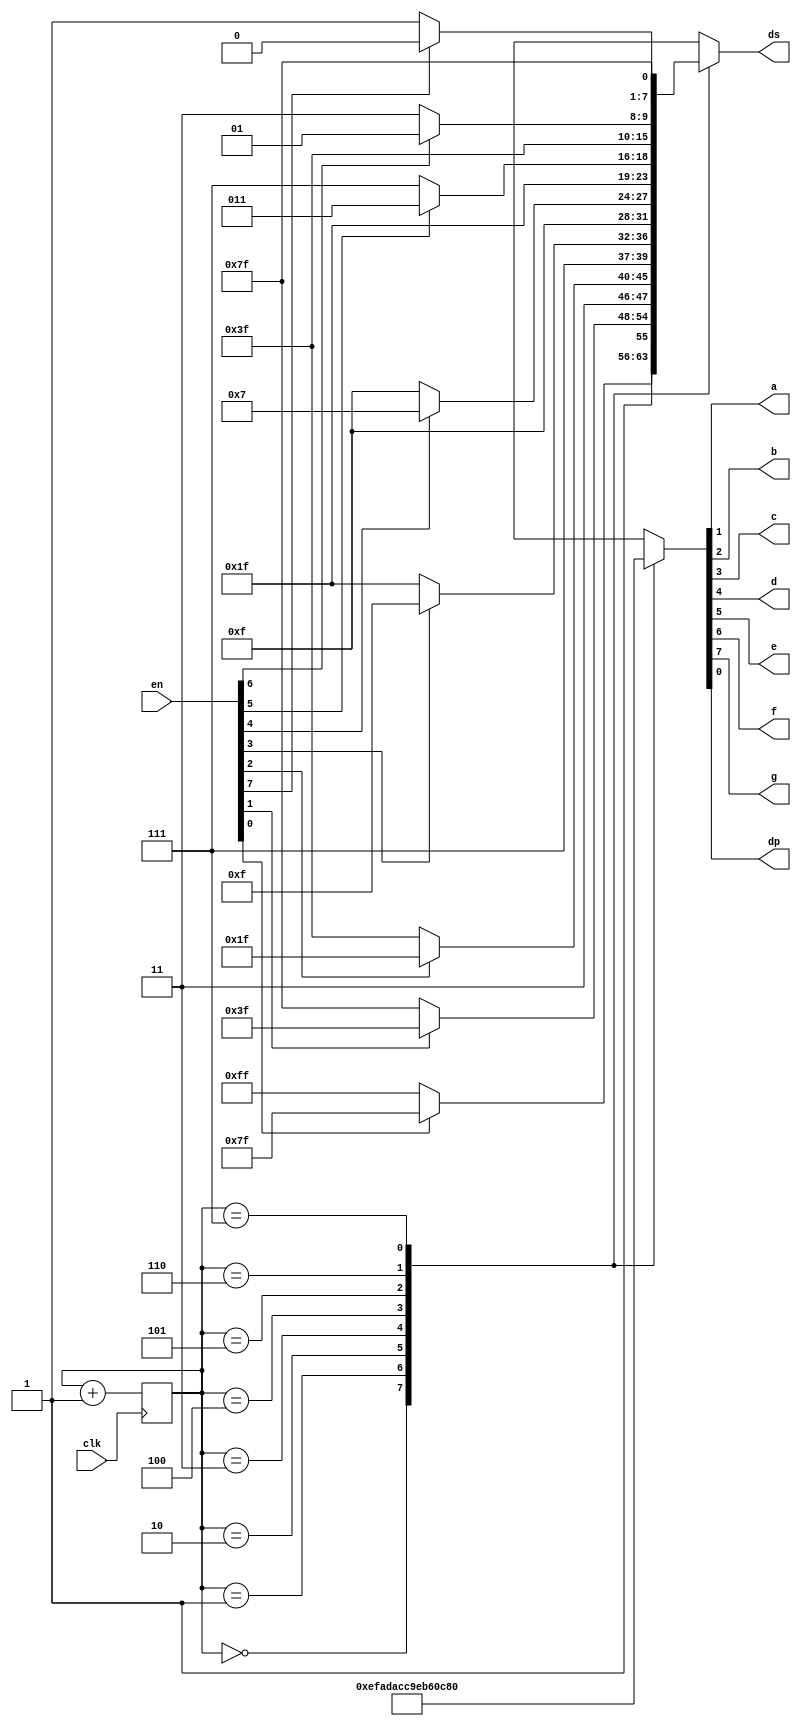
module seg7(clk,en,a,b,c,d,e,f,g,dp,ds);
  input clk;
  input[7:0] en;
  output a,b,c,d,e,f,g,dp;
  reg [7:0] seg; //g,f,e,d,c,b,a,dp
  reg [2:0] choice;
  output reg [7:0] ds;
  //choice++
  always @(posedge clk)
  choice = choice+1;
  //show
  always@(choice)
  begin
    case(choice)
       3'b000: begin//0
		       seg = 8'b00001110; //g,f,e,d,c,b,a,dp
		       if(en[0])  ds = 8'b01111111;
		       else ds = 8'b11111111;  end
       3'b001: begin//1
		       seg = 8'b11111010;
		       if(en[1])  ds = 8'b10111111;
		       else ds = 8'b11111111;  end
       3'b010: begin//2
		       seg = 8'b11011010;
		       if(en[2])  ds = 8'b11011111;
		       else ds = 8'b11111111;  end
       3'b011: begin//3
		       seg = 8'b11001100;
		       if(en[3])  ds = 8'b11101111;
		       else ds = 8'b11111111;  end
       3'b100: begin//4
		       seg = 8'b10011110;
		       if(en[4])  ds = 8'b11110111;
		       else ds = 8'b11111111;  end
       3'b101: begin//5
		       seg = 8'b10110110;
		       if(en[5])  ds = 8'b11111011;
		       else ds = 8'b11111111;  end
       3'b110: begin//6
		       seg = 8'b00001100;
		       if(en[6])  ds = 8'b11111101;
		       else ds = 8'b11111111;  end
       3'b111: begin//7
		       seg = 8'b01111110;
		       if(en[7])  ds = 8'b11111110;
		       else ds = 8'b11111111;  end
      default: seg = 8'b00000000;
    endcase
  end
  //assgin seg
  assign dp = seg[0];
  assign a = seg[1];
  assign b = seg[2];
  assign c = seg[3];
  assign d = seg[4];
  assign e = seg[5];
  assign f = seg[6];
  assign g = seg[7];
endmodule